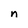
Character: n